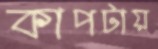
কাপটায়